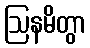
ဩနမိတွာ